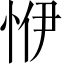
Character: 𢙬